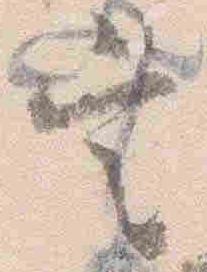
定